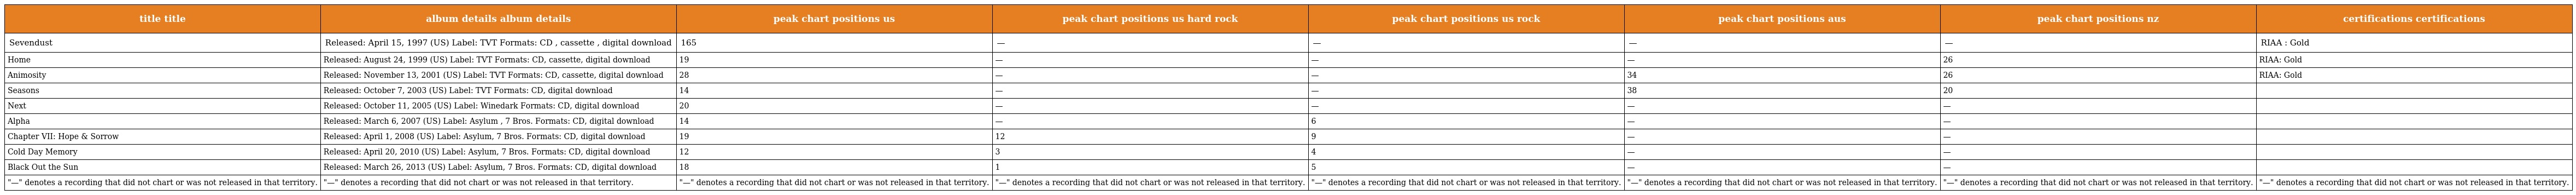
| title title | album details album details | peak chart positions us | peak chart positions us hard rock | peak chart positions us rock | peak chart positions aus | peak chart positions nz | certifications certifications |
 | --- | --- | --- | --- | --- | --- | --- | --- |
 | Sevendust | Released: April 15, 1997 (US) Label: TVT Formats: CD , cassette , digital download | 165 | — | — | — | — | RIAA : Gold |
 | Home | Released: August 24, 1999 (US) Label: TVT Formats: CD, cassette, digital download | 19 | — | — | — | 26 | RIAA: Gold |
 | Animosity | Released: November 13, 2001 (US) Label: TVT Formats: CD, cassette, digital download | 28 | — | — | 34 | 26 | RIAA: Gold |
 | Seasons | Released: October 7, 2003 (US) Label: TVT Formats: CD, digital download | 14 | — | — | 38 | 20 |  |
 | Next | Released: October 11, 2005 (US) Label: Winedark Formats: CD, digital download | 20 | — | — | — | — |  |
 | Alpha | Released: March 6, 2007 (US) Label: Asylum , 7 Bros. Formats: CD, digital download | 14 | — | 6 | — | — |  |
 | Chapter VII: Hope & Sorrow | Released: April 1, 2008 (US) Label: Asylum, 7 Bros. Formats: CD, digital download | 19 | 12 | 9 | — | — |  |
 | Cold Day Memory | Released: April 20, 2010 (US) Label: Asylum, 7 Bros. Formats: CD, digital download | 12 | 3 | 4 | — | — |  |
 | Black Out the Sun | Released: March 26, 2013 (US) Label: Asylum, 7 Bros. Formats: CD, digital download | 18 | 1 | 5 | — | — |  |
 | "—" denotes a recording that did not chart or was not released in that territory. | "—" denotes a recording that did not chart or was not released in that territory. | "—" denotes a recording that did not chart or was not released in that territory. | "—" denotes a recording that did not chart or was not released in that territory. | "—" denotes a recording that did not chart or was not released in that territory. | "—" denotes a recording that did not chart or was not released in that territory. | "—" denotes a recording that did not chart or was not released in that territory. | "—" denotes a recording that did not chart or was not released in that territory. |